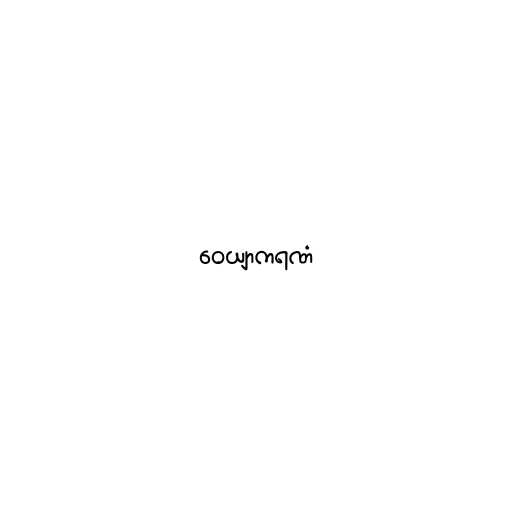
ဝေယျာကရဏံ